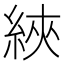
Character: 綊